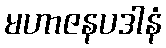
မဟာဇနပဒါနံ